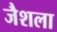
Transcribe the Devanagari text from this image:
जैशला